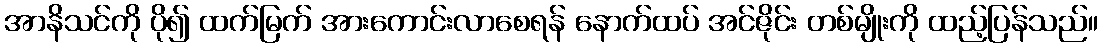
အာနိသင်ကို ပို၍ ထက်မြက် အားကောင်းလာစေရန် နောက်ထပ် အင်ဇိုင်း တစ်မျိုးကို ထည့်ပြန်သည်။